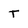
Character: T